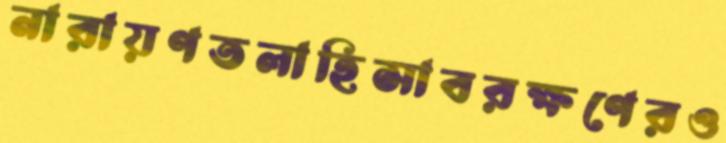
নারায়ণতলাহিসাবরক্ষণেরও